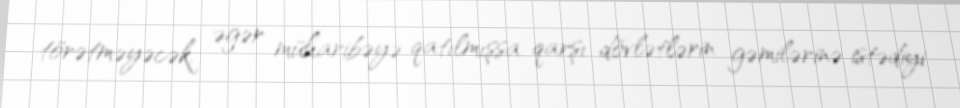
törətməyəcək, əgər müharibəyə qatılmışsa qarşı dövlətlərin gəmilərinə istədiyi